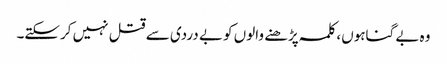
وہ بے گناہوں، کلمہ پڑھنے والوں کو بے دردی سے قتل نہیں کرسکتے۔